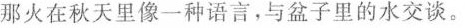
那火在秋天里像一种语言，与盆子里的水交谈。